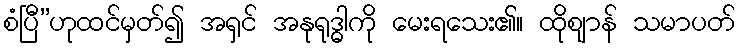
စံပြီ”ဟုထင်မှတ်၍ အရှင် အနုရုဒ္ဓါကို မေးရသေး၏။ ထိုဈာန် သမာပတ်